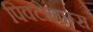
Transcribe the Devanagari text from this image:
पिक्टोग्राम्स